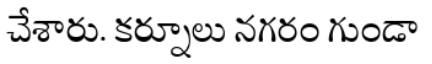
చేశారు. కర్నూలు నగరం గుండా